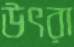
উৎরা